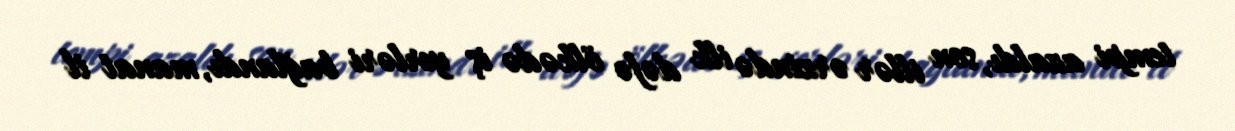
tempi azaldı, son illər ərzində ilk dəfə ölkədə iş yerləri bağlandı, manat il